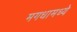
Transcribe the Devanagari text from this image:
मगधामध्ये